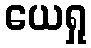
ယေရှု